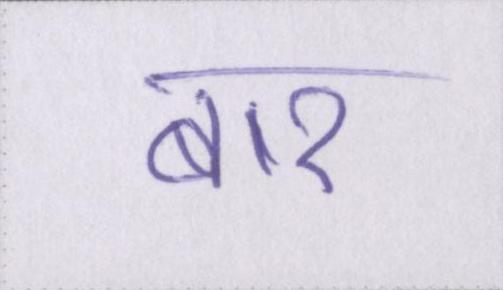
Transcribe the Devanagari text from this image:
बार